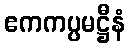
ဧကကပ္ပမဋ္ဌီနံ